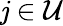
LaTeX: \mathit{j}\in\mathcal{{U}}